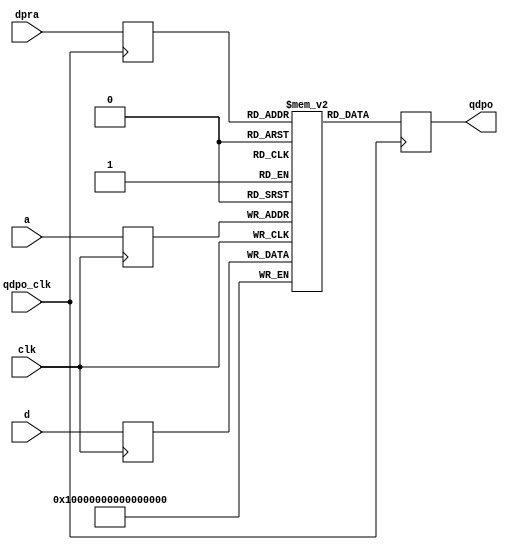
/*******************************************************************************
*
*  NetFPGA-10G http://www.netfpga.org
*
*  File:
*        rx_ibuf.v
*
*  Project:
*
*
*  Author:
*        Marco Forconesi
*
*  Description:
*        Internal buffers
*
*    This code is initially developed for the Network-as-a-Service (NaaS) project.
*
*  Copyright notice:
*        Copyright (C) 2014 University of Cambridge
*
*  Licence:
*        This file is part of the NetFPGA 10G development base package.
*
*        This file is free code: you can redistribute it and/or modify it under
*        the terms of the GNU Lesser General Public License version 2.1 as
*        published by the Free Software Foundation.
*
*        This package is distributed in the hope that it will be useful, but
*        WITHOUT ANY WARRANTY; without even the implied warranty of
*        MERCHANTABILITY or FITNESS FOR A PARTICULAR PURPOSE.  See the GNU
*        Lesser General Public License for more details.
*
*        You should have received a copy of the GNU Lesser General Public
*        License along with the NetFPGA source package.  If not, see
*        http://www.gnu.org/licenses/.
*
*/

//////////////////////////////////////////////////////////////////////////////////////////////
//////////////////////////////////////////////////////////////////////////////////////////////
`timescale 1ns / 1ps
//`default_nettype none

module rx_ibuf # (
    parameter  AW = 10,
    parameter  DW = 64
    ) ( 

    input      [AW-1:0]     a,
    input      [DW-1:0]     d,
    input      [AW-1:0]     dpra,
    input                   clk,
    input                   qdpo_clk,
    output reg [DW-1:0]     qdpo
    );

    //-------------------------------------------------------
    // Local port a
    //-------------------------------------------------------
    reg     [AW-1:0]     a_reg;
    reg     [DW-1:0]     d_reg;
    reg     [DW-1:0]     dpram[(2**AW)-1:0];

    //-------------------------------------------------------
    // Local port b
    //-------------------------------------------------------
    reg     [AW-1:0]     dpra_reg;

    ////////////////////////////////////////////////
    // port a
    ////////////////////////////////////////////////
    always @(posedge clk) begin
        a_reg <= a;
        d_reg <= d;
        dpram[a_reg] <= d_reg;
    end  //always

    ////////////////////////////////////////////////
    // port b
    ////////////////////////////////////////////////
    always @(posedge qdpo_clk) begin
        dpra_reg <= dpra;
        qdpo <= dpram[dpra_reg];
    end  //always

endmodule // rx_ibuf

//////////////////////////////////////////////////////////////////////////////////////////////
//////////////////////////////////////////////////////////////////////////////////////////////